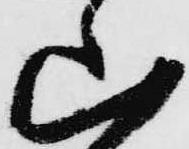
山